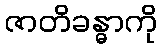
ဇာတိခန္ဓာကို